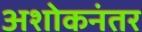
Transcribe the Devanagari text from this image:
अशोकनंतर